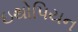
ઇથોપિયન